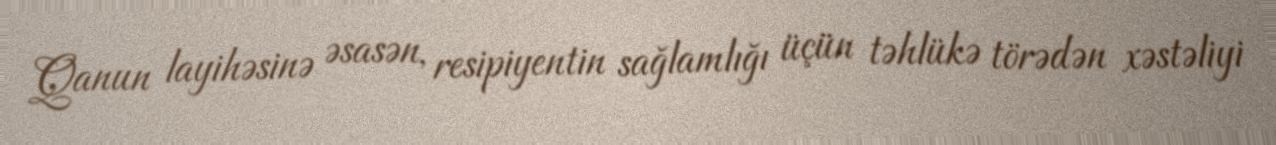
Qanun layihəsinə əsasən, resipiyentin sağlamlığı üçün təhlükə törədən xəstəliyi